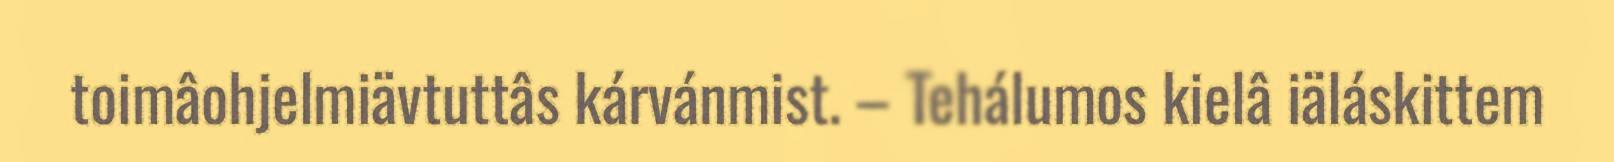
toimâohjelmiävtuttâs kárvánmist. – Tehálumos kielâ iäláskittem